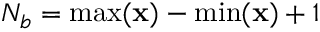
N _ { b } = \operatorname* { m a x } ( \mathbf x ) - \operatorname* { m i n } ( \mathbf x ) + 1